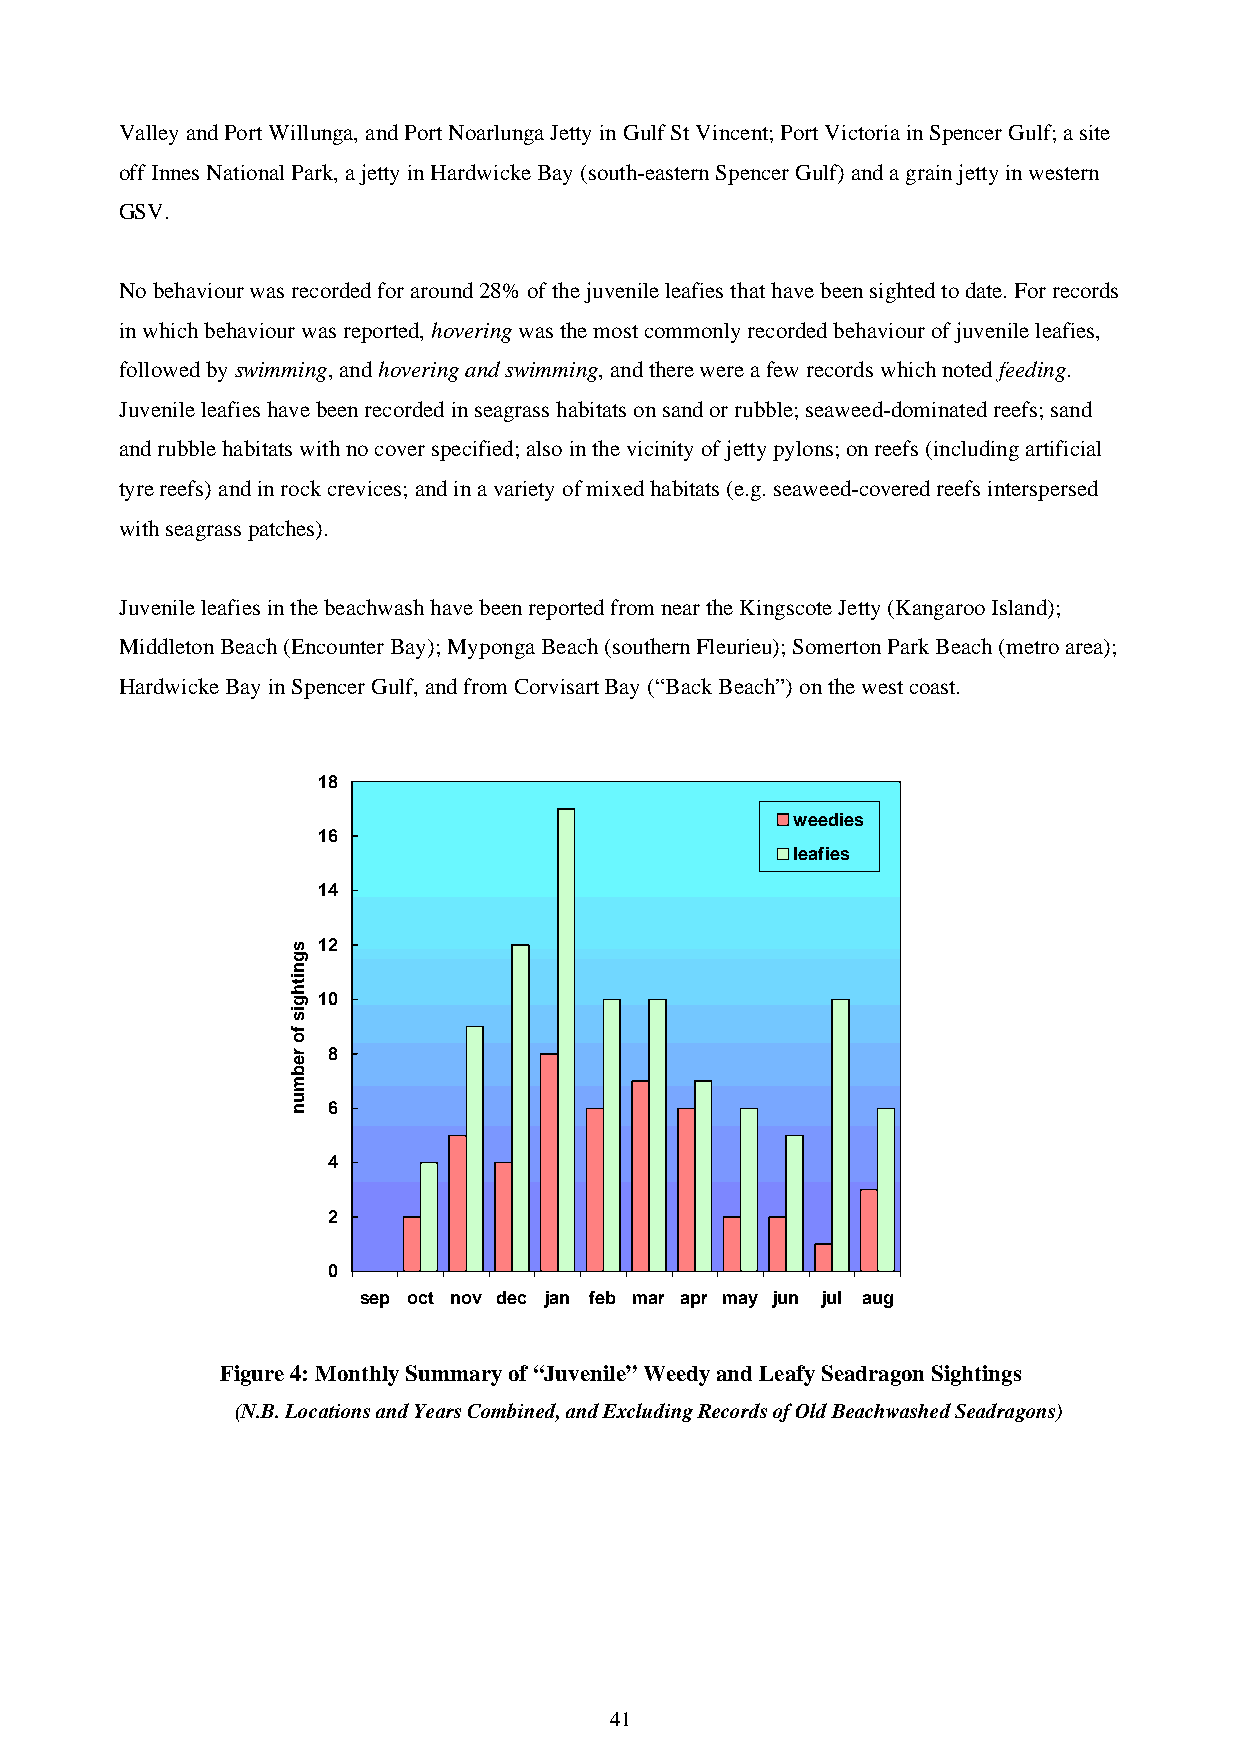
Valley and Port Willunga, and Port Noarlunga Jetty in Gulf St Vincent; Port Victoria in Spencer Gulf; a site
 off Innes National Park, a jetty in Hardwicke Bay (south-eastern Spencer Gulf) and a grain jetty in western
 GSV.
 No behaviour was recorded for around 28% of the juvenile leafies that have been sighted to date. For records
 in which behaviour was reported, hovering was the most commonly recorded behaviour of juvenile leafies,
 followed by swimming, and hovering and swimming, and there were a few records which noted feeding.
 Juvenile leafies have been recorded in seagrass habitats on sand or rubble; seaweed-dominated reefs; sand
 and rubble habitats with no cover specified; also in the vicinity of jetty pylons; on reefs (including artificial
 tyre reefs) and in rock crevices; and in a variety of mixed habitats (e.g. seaweed-covered reefs interspersed
 with seagrass patches).
 Juvenile leafies in the beachwash have been reported from near the Kingscote Jetty (Kangaroo Island);
 Middleton Beach (Encounter Bay); Myponga Beach (southern Fleurieu); Somerton Park Beach (metro area);
 Hardwicke Bay in Spencer Gulf, and from Corvisart Bay (“Back Beach”) on the west coast.
 18
 weedies
 16
 leafies
 14
 12
 10
 8
 6
 4
 2
 0
 sep oct nov dec jan feb mar apr may jun jul aug
 Figure 4: Monthly Summary of “Juvenile” Weedy and Leafy Seadragon Sightings
 (N.B. Locations and Years Combined, and Excluding Records of Old Beachwashed Seadragons)
 41
 sgnithgis
 fo
 rebmun